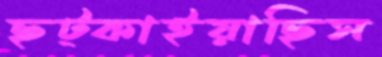
ছট্‌কাইয়াছিস